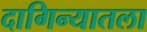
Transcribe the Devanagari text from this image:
दागिन्यातला